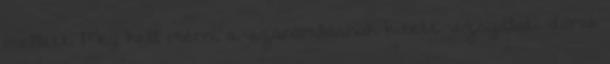
mellett. Meg kell mérni a vízáramlásnak kitett vizsgálati darab